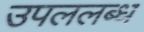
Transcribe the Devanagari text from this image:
उपललब्ध